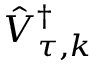
\hat { V } _ { \tau , k } ^ { \dag }